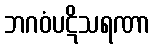
ဘဂဝံပဋိသရဏာ